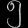
Digit: ၅